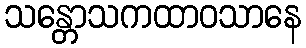
သန္တောသကထာဝသာနေ